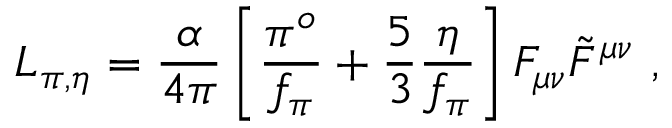
{ \cal { L } } _ { \pi , \eta } = \frac { \alpha } { 4 \pi } \left[ \frac { \pi ^ { o } } { f _ { \pi } } + \frac { 5 } { 3 } \frac { \eta } { f _ { \pi } } \right] F _ { \mu \nu } \tilde { F } ^ { \mu \nu } ~ ,